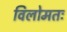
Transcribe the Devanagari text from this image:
विलोमतः